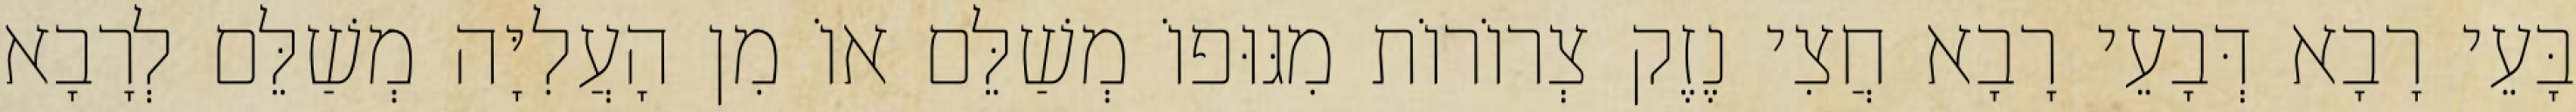
בָּעֵי רָבָא דְּבָעֵי רָבָא חֲצִי נֶזֶק צְרוֹרוֹת מִגּוּפוֹ מְשַׁלֵּם אוֹ מִן הָעֲלִיָּה מְשַׁלֵּם לְרָבָא